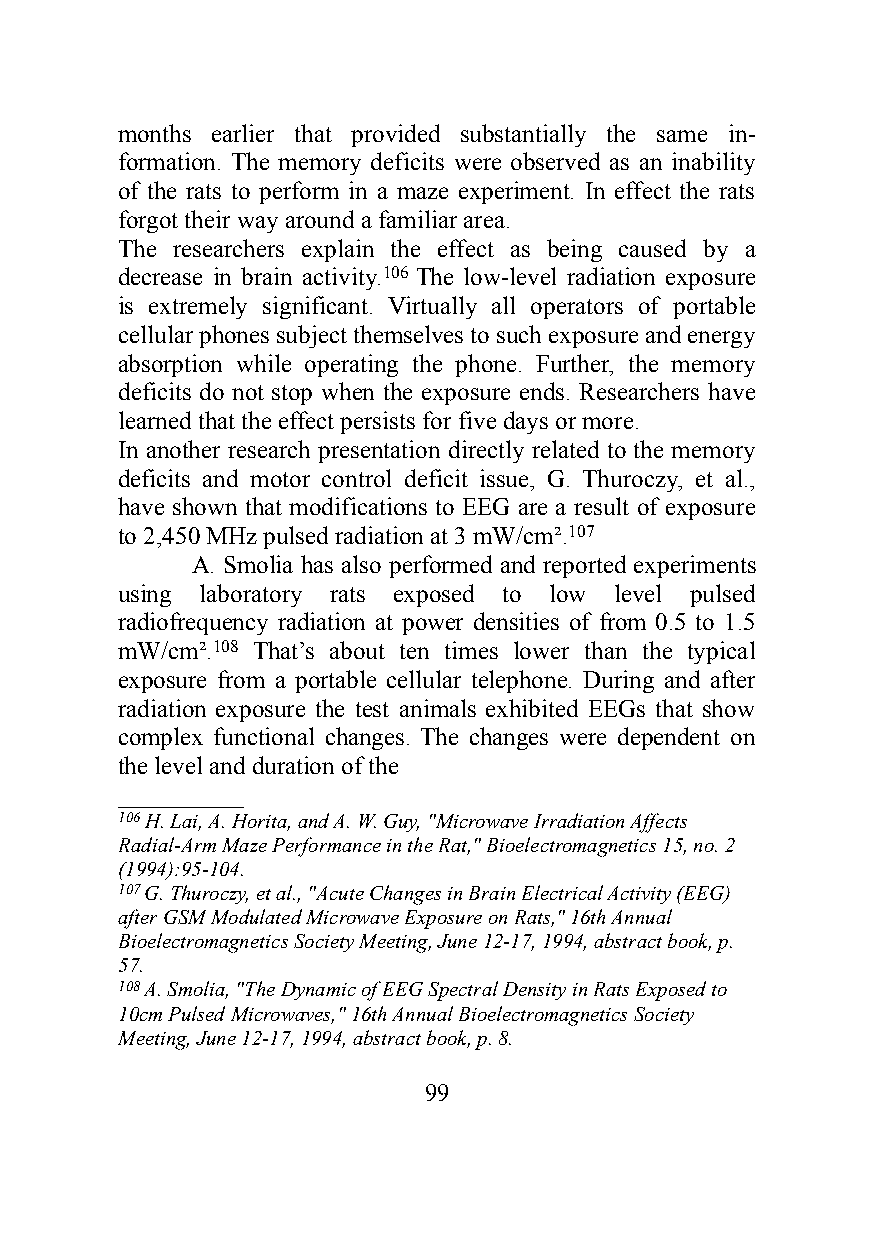
months earlier that provided substantially the same in-
 formation. The memory deficits were observed as an inability
 of the rats to perform in a maze experiment. In effect the rats
 forgot their way around a familiar area.
 The researchers explain the effect as being caused by a
 decrease in brain activity.106 The low-level radiation exposure
 is extremely significant. Virtually all operators of portable
 cellular phones subject themselves to such exposure and energy
 absorption while operating the phone. Further, the memory
 deficits do not stop when the exposure ends. Researchers have
 learned that the effect persists for five days or more.
 In another research presentation directly related to the memory
 deficits and motor control deficit issue, G. Thuroczy, et al.,
 have shown that modifications to EEG are a result of exposure
 to 2,450 MHz pulsed radiation at 3 mW/cm².107
 A. Smolia has also performed and reported experiments
 using laboratory rats exposed to low level pulsed
 radiofrequency radiation at power densities of from 0.5 to 1.5
 mW/cm².108 That’s about ten times lower than the typical
 exposure from a portable cellular telephone. During and after
 radiation exposure the test animals exhibited EEGs that show
 complex functional changes. The changes were dependent on
 the level and duration of the
 __________
 106 H. Lai, A. Horita, and A. W. Guy, "Microwave Irradiation Affects
 Radial-Arm Maze Performance in the Rat," Bioelectromagnetics 15, no. 2
 (1994):95-104.
 107 G. Thuroczy, et al., "Acute Changes in Brain Electrical Activity (EEG)
 after GSM Modulated Microwave Exposure on Rats," 16th Annual
 Bioelectromagnetics Society Meeting, June 12-17, 1994, abstract book, p.
 57.
 108 A. Smolia, "The Dynamic of EEG Spectral Density in Rats Exposed to
 10cm Pulsed Microwaves," 16th Annual Bioelectromagnetics Society
 Meeting, June 12-17, 1994, abstract book, p. 8.
 99